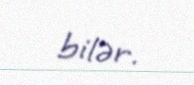
bilər.